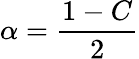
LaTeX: \alpha={\frac{1-C}{2}}